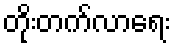
တိုးတက်လာရေး